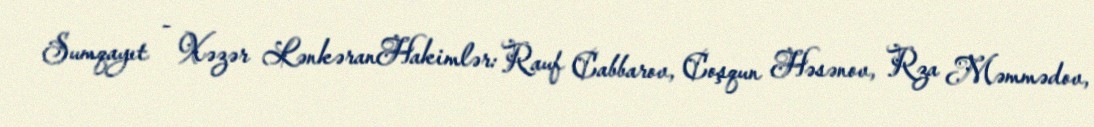
Sumqayıt - Xəzər LənkəranHakimlər: Rauf Cabbarov, Coşqun Həsənov, Rza Məmmədov,